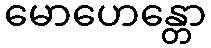
မောဟေန္တော